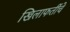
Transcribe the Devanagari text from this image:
खिलाफतींचे